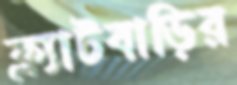
ফ্ল্যাটবাড়ির